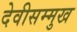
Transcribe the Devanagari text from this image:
देवीसम्मुख